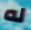
له